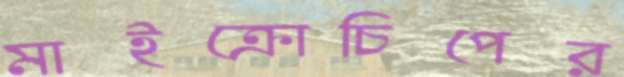
মাইক্রোচিপের